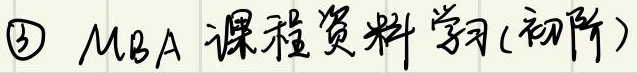
\textcircled{3} MBA课程资料学习(初阶)